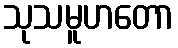
သုသမူဟတော